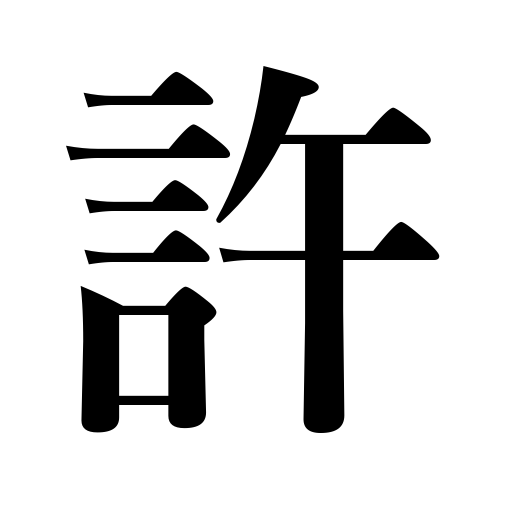
Meanings: release,authorize,overlook,forgive,pardon,acquit,acknowledge,permit,confide in,approve